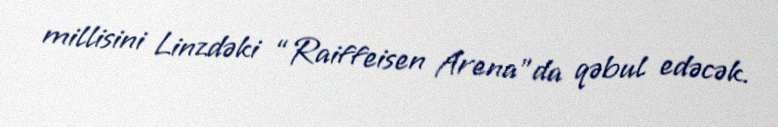
millisini Linzdəki “Raiffeisen Arena”da qəbul edəcək.